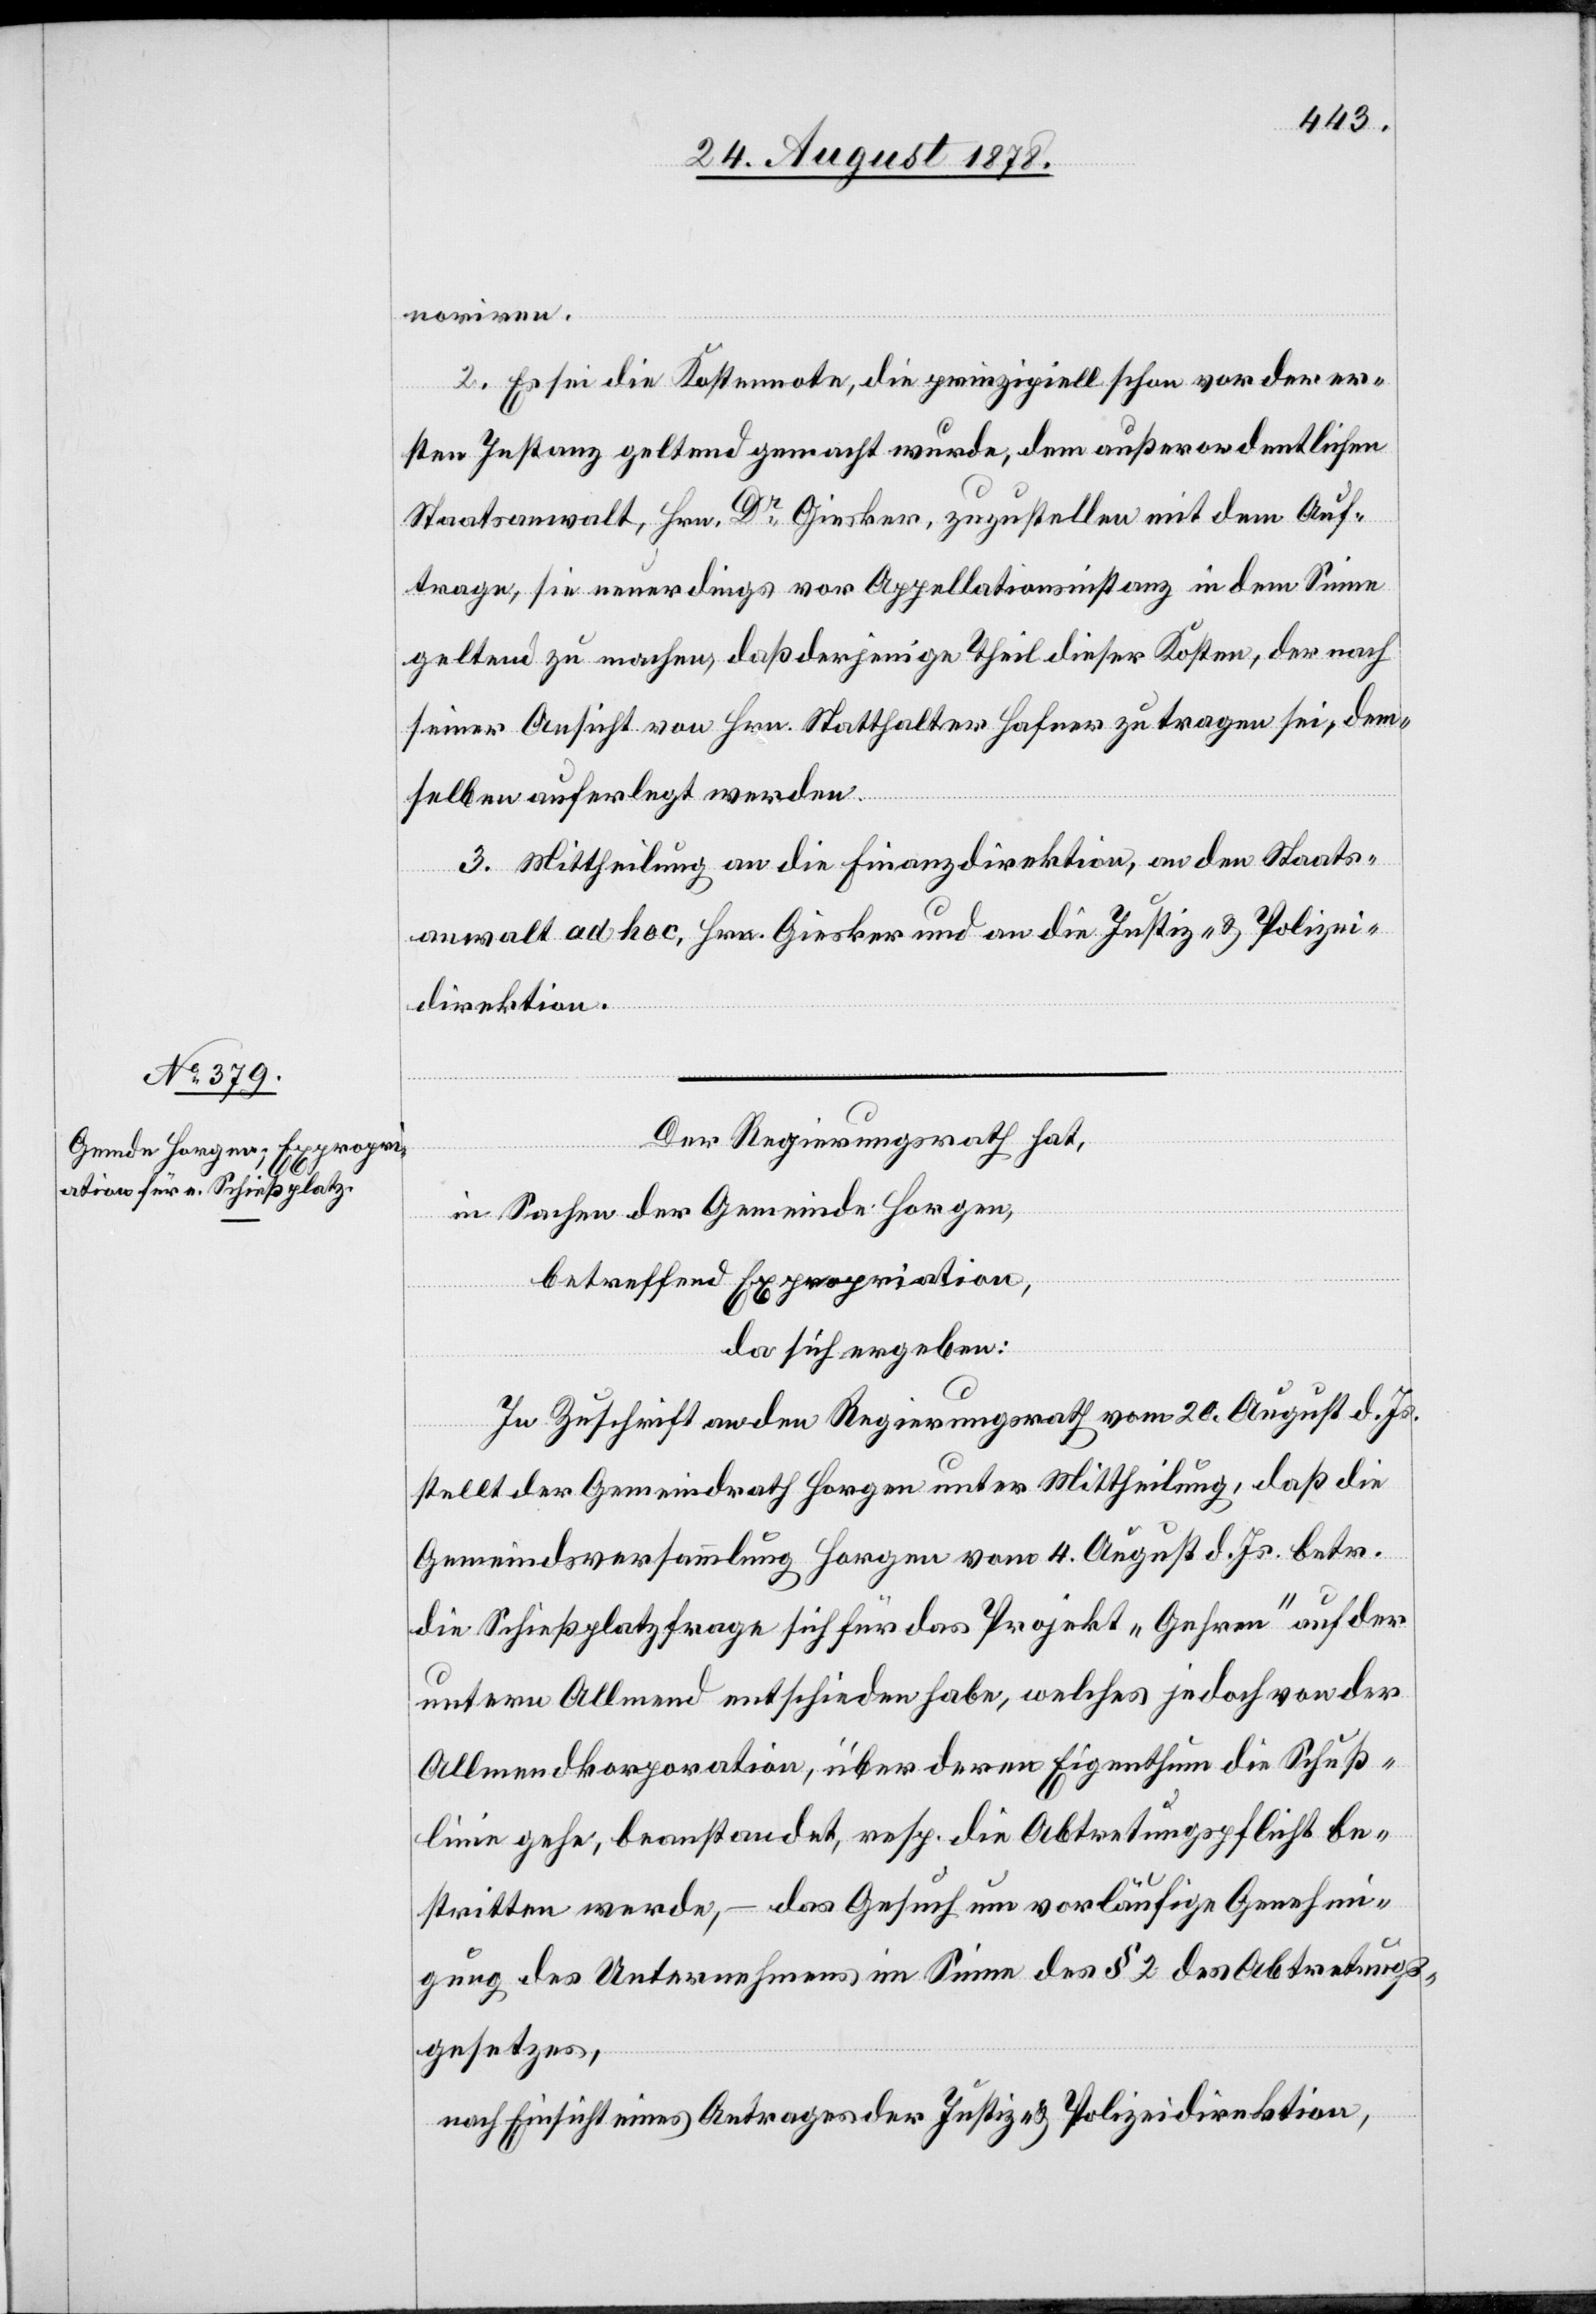
noriren.
2. Es sei die Kostennote, die prinzipiell schon vor der er¬
sten Instanz geltend gemacht wurde, dem außerordentlichen
Staatsanwalt, Hrn. Dr Giesker, zuzustellen mit dem Auf¬
trage, sie neuerdings vor Appellationsinstanz in dem Sinne
geltend zu machen, daß derjenige Theil dieser Kosten, der nach
seiner Ansicht von Hrn. Statthalter Hafner zu tragen sei, dem¬
selben auferlegt werden.
3. Mittheilung an die Finanzdirektion, an den Staats¬
anwalt ad hoc, Hrn. Giesker und an die Justiz- & Polizei¬
direktion.
Der Regierungsrath hat,
in Sachen der Gemeinde Horgen,
betreffend Expropriation,
da sich ergeben:
In Zuschrift an den Regierungsrath vom 20. August d. Js.
stellt der Gemeindrath Horgen unter Mittheilung, daß die
Gemeindsversammlung Horgen vom 4. August d. Js. betr.
die Schießplatzfrage sich für das Projekt „Gehren“ auf der
untern Allmend entschieden habe, welches jedoch von der
Allmendkorporation, über deren Eigenthum die Schuss¬
linie gehe, beanstandet, resp. die Abtretungspflicht be¬
stritten werde, – das Gesuch um vorläufige Genehmi¬
gung des Unternehmens im Sinne des § 2 des Abtretungs¬
gesetzes,
nach Einsicht eines Antrages der Justiz- & Polizeidirektion,